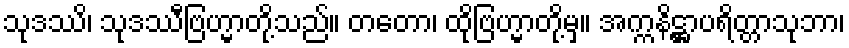
သုဒဿိ၊ သုဒဿီဗြဟ္မာတို့သည်။ တတော၊ ထိုဗြဟ္မာတို့မှ။ အက္ကနိဋ္ဌာပရိတ္တာသုဘာ၊